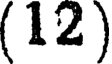
(12)